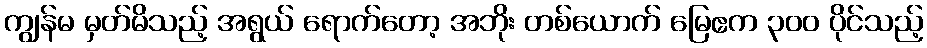
ကျွန်မ မှတ်မိသည့် အရွယ် ရောက်တော့ အဘိုး တစ်ယောက် မြေဧက ၃၀၀ ပိုင်သည့်